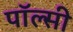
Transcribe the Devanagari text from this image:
पॉल्सी